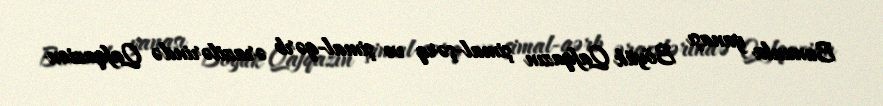
Bununla yanaşı Böyük Qafqazın şimal-şərq və şimal-qərb ərazilərində Qafqazion